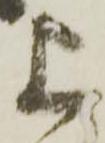
上